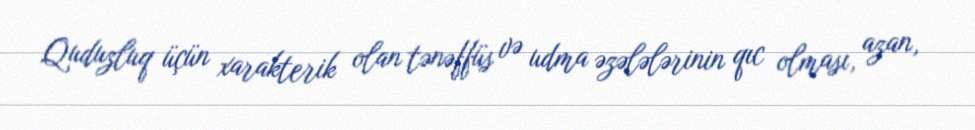
Quduzluq üçün xarakterik olan tənəffüs və udma əzələlərinin qıc olması, azan,